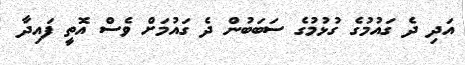
އަދި ދެ ގައުމުގެ ގުޅުމުގެ ސަބަބުން ދެ ގައުމަށް ވެސް އޮތީ ފައިދާ